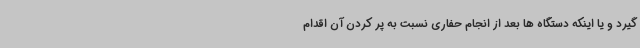
گیرد و یا اینکه دستگاه ها بعد از انجام حفاری نسبت به پر کردن آن اقدام